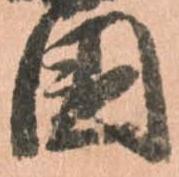
國